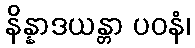
နိန္နာဒယန္တာ ပဝနံ၊